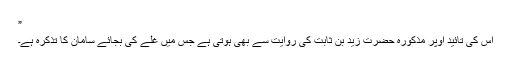
”
اس کی تائید اوپر مذکورہ حضرت زید بن ثابتؓ کی روایت سے بھی ہوتی ہے جس میں غلے کی بجائے سامان کا تذکرہ ہے۔